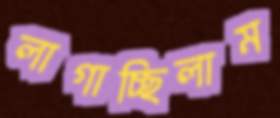
লাগাচ্ছিলাম